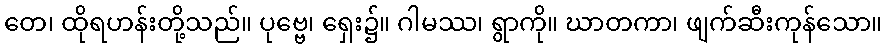
တေ၊ ထိုရဟန်းတို့သည်။ ပုဗ္ဗေ၊ ရှေး၌။ ဂါမဿ၊ ရွာကို။ ဃာတကာ၊ ဖျက်ဆီးကုန်သော။